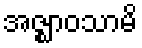
အဇ္ဈာဝသာမိ